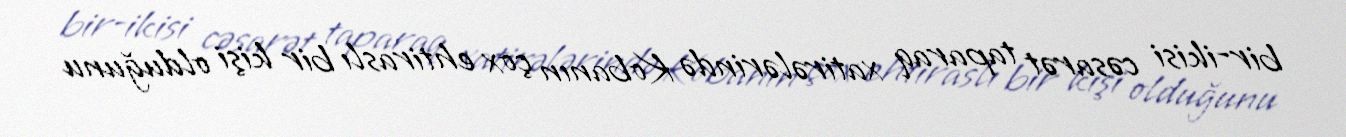
bir-ikisi cəsarət taparaq xatirələrində Kobanın çox ehtiraslı bir kişi olduğunu